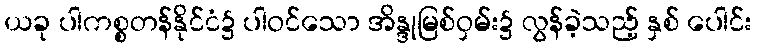
ယခု ပါကစ္စတန်နိုင်ငံ၌ ပါဝင်သော အိန္ဒုမြစ်ဝှမ်း၌ လွန်ခဲ့သည့် နှစ် ပေါင်း